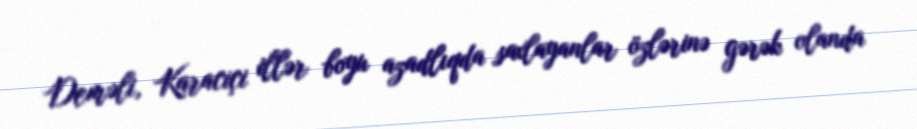
Deməli, Karaciçi illər boyu azadlıqda saxlayanlar özlərinə gərək olanda